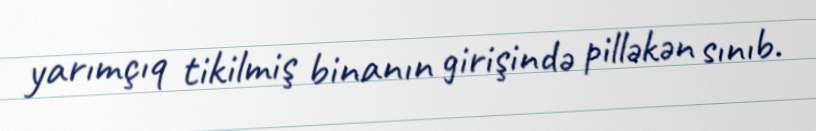
yarımçıq tikilmiş binanın girişində pilləkən sınıb.